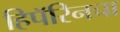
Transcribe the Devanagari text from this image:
हिपॅरिनचा